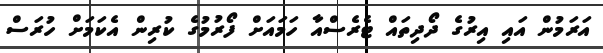
އަރަމުން އައި އިރުގެ ދޯދިތައް ޓެރެސްއާ ހަމައަށް ފޯރުމުގެ ކުރިން އެކަމަށް ހުރަސް